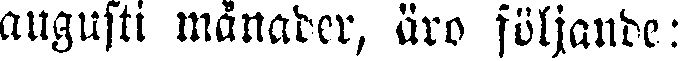
augusti månader, äro följande: